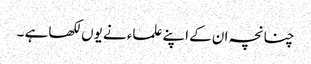
چنانچہ ان کے اپنے علماء نے یوں لکھا ہے ۔